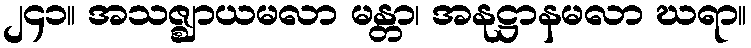
၂၄၁။ အသဇ္ဈာယမလာ မန္တာ၊ အနုဋ္ဌာနမလာ ဃရာ။